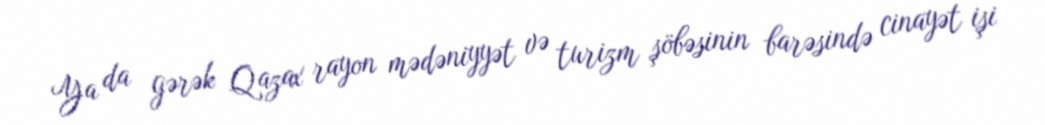
Ya da gərək Qazax rayon mədəniyyət və turizm şöbəsinin barəsində cinayət işi